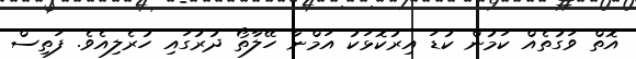
އޮތް ވަގުތެއް ކަމުން ކުޑަ އިރުކޮޅަކު އަމްނާ ހޭލާތޯ ދުރުގައި ހުރެލިއެވެ. ފަތިސް